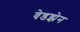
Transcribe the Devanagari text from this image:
वेडझेन